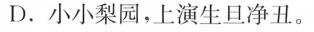
D.小小梨园，上演生旦净丑。